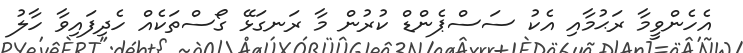
އެހެންވީމާ ރަޙުމާއި އެކު ސަސްޕެންޑް ކުރުން މާ ރަނގަޅޭ ގޯސްތަކެއް ހެދިފައިވާ ހާލު